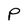
Character: P